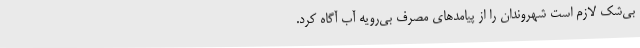
بی‌شک لازم است شهروندان را از پیامدهای ‌مصرف‌ بی‌رویه آب آگاه کرد.